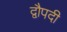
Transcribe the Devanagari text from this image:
द्वौपदी